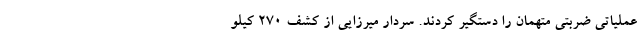
عملیاتی ضربتی متهمان را دستگیر کردند. سردار میرزایی از کشف ۲۷۰ کیلو